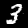
Digit: 3